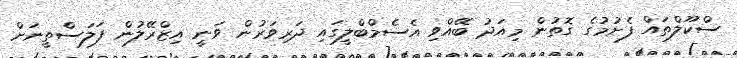
ސްކޫލްތައް ފެށުމުގެ ގޮތުން މިއަދު ބޭއްވި އެސެމްބްލީގައި ދަރިވަރުން ވަނީ އިޒްރޭލުން ފަލަސްތީނަށް